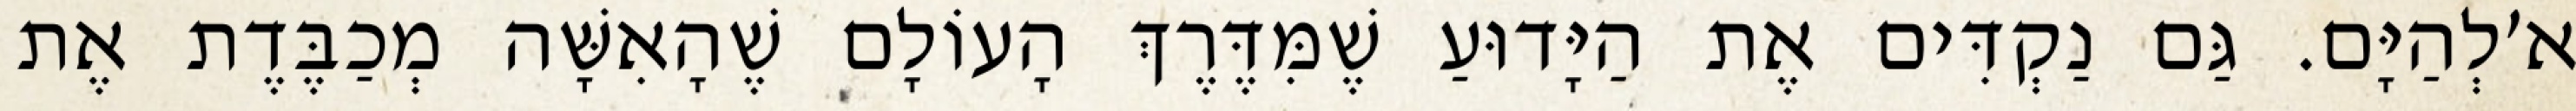
א׳לְהַיָּם. גַּם נַקְדִּים אֶת הַיָּדוּעַ שֶׁמִּדֶּרֶךְ הָעוֹלָם שֶׁהָאִשָּׁה מְכַבֶּדֶת אֶת